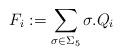
LaTeX: \begin{align*}F_{i}:=\sum_{\sigma\in \Sigma_{5}} \sigma.Q_{i}\end{align*}